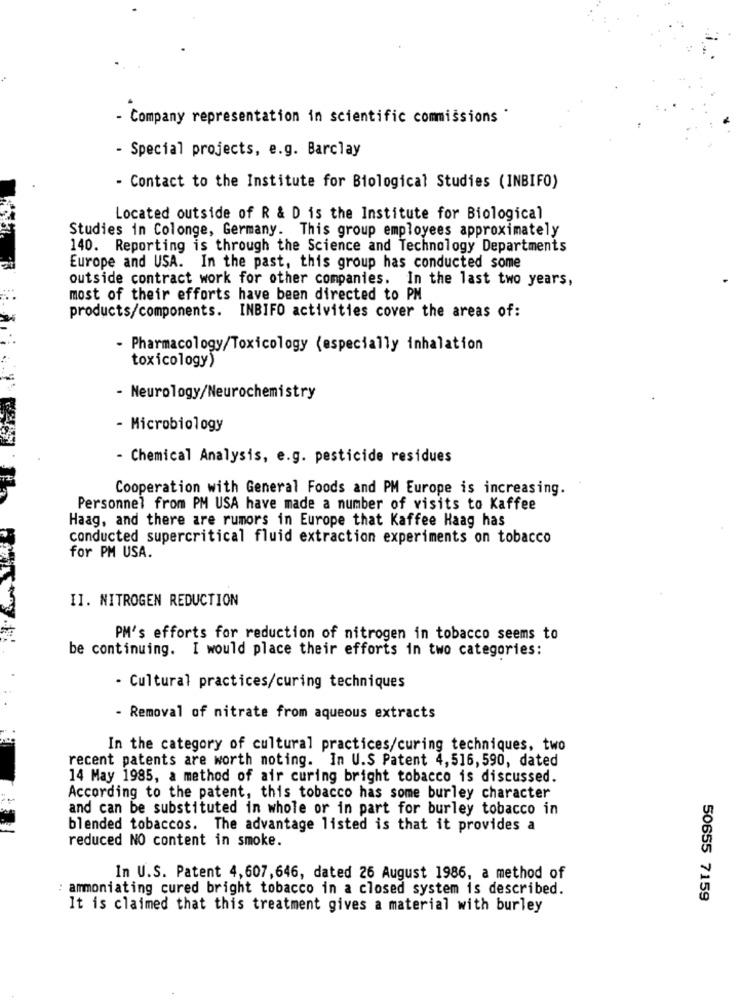
- Company representation in scientific commissions *
- Special projects, e.g. Barclay
- Contact to the Institute for Biological Studies (INBIFO)
Located outside of R & D is the Institute for Biological
Studies in Colonge, Germany. This group employees approximately
140. Reporting is through the Science and Technology Departments
Europe and USA. In the past, this group has conducted some
outside contract work for other companies. In the last two years,
most of their efforts have been directed to PM
products/components. INBIFO activities cover the areas of:
- Pharmacology/Toxicology (especially inhalation
toxicology)
- Neurology/Neurochemistry
- Microbiology
- Chemical Analysis, e.g. pesticide residues
Cooperation with General Foods and PM Europe is increasing.
Personnel from PM USA have made a number of visits to Kaffee
Haag, and there are rumors in Europe that Kaffee Haag has
conducted supercritical fluid extraction experiments on tobacco
for PM USA.
II. NITROGEN REDUCTION
PM's efforts for reduction of nitrogen in tobacco seems to
be continuing. I would place their efforts in two categories:
- Cultural practices/curing techniques
- Removal of nitrate from aqueous extracts
In the category of cultural practices/curing techniques, two
recent patents are worth noting. In U.S Patent 4,516, 590, dated
14 May 1985, a method of air curing bright tobacco is discussed.
According to the patent, this tobacco has some burley character
and can be substituted in whole or in part for burley tobacco in
blended tobaccos. The advantage listed is that it provides a
reduced NO content in smoke.
In U.S. Patent 4,607,646, dated 26 August 1986, a method of
: ammoniating cured bright tobacco in a closed system is described.
50655 7159
It is claimed that this treatment gives a material with burley